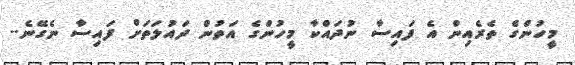
މީހުންގެ ތެރެއިން އެ ފައިސާ ނުދައްކާ މީހުންގެ އަތުން ދައުލަތަށް ފައިސާ ނެގޭނެ..